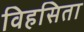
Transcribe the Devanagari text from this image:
विहसिता